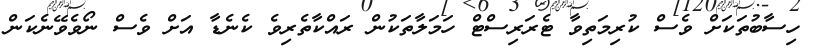
ހިސާބުތަކަށް ވެސް ކުރިމަތިވާ ޓެރަރިސްޓް ހަމަލާތަކުން ރައްކާތެރިވެ ކެނެޑާ އަށް ވެސް ނޯވެވޭނެކަން